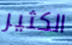
الكثير